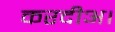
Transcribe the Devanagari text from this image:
करदीअ।